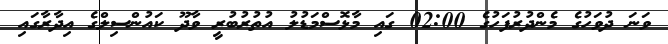
ވަނަ ދުވަހުގެ މެންދުރުފަހުގެ 02:00 ގައި މާޅޮސްމަޑުލު އުތުރުބުރީ ވާދޫ ކައުންސިލްގެ އިދާރާގައި